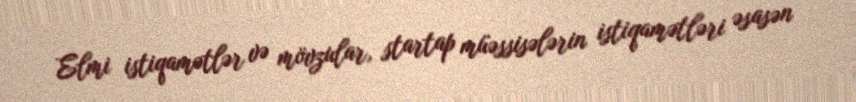
Elmi istiqamətlər və mövzular, startap müəssisələrin istiqamətləri əsasən